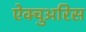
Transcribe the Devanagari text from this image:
ऐक्चुअरिस